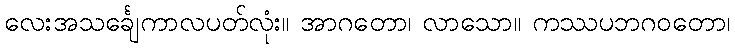
လေးအသင်္ချေကာလပတ်လုံး။ အာဂတော၊ လာသော။ ကဿပဘဂဝတော၊